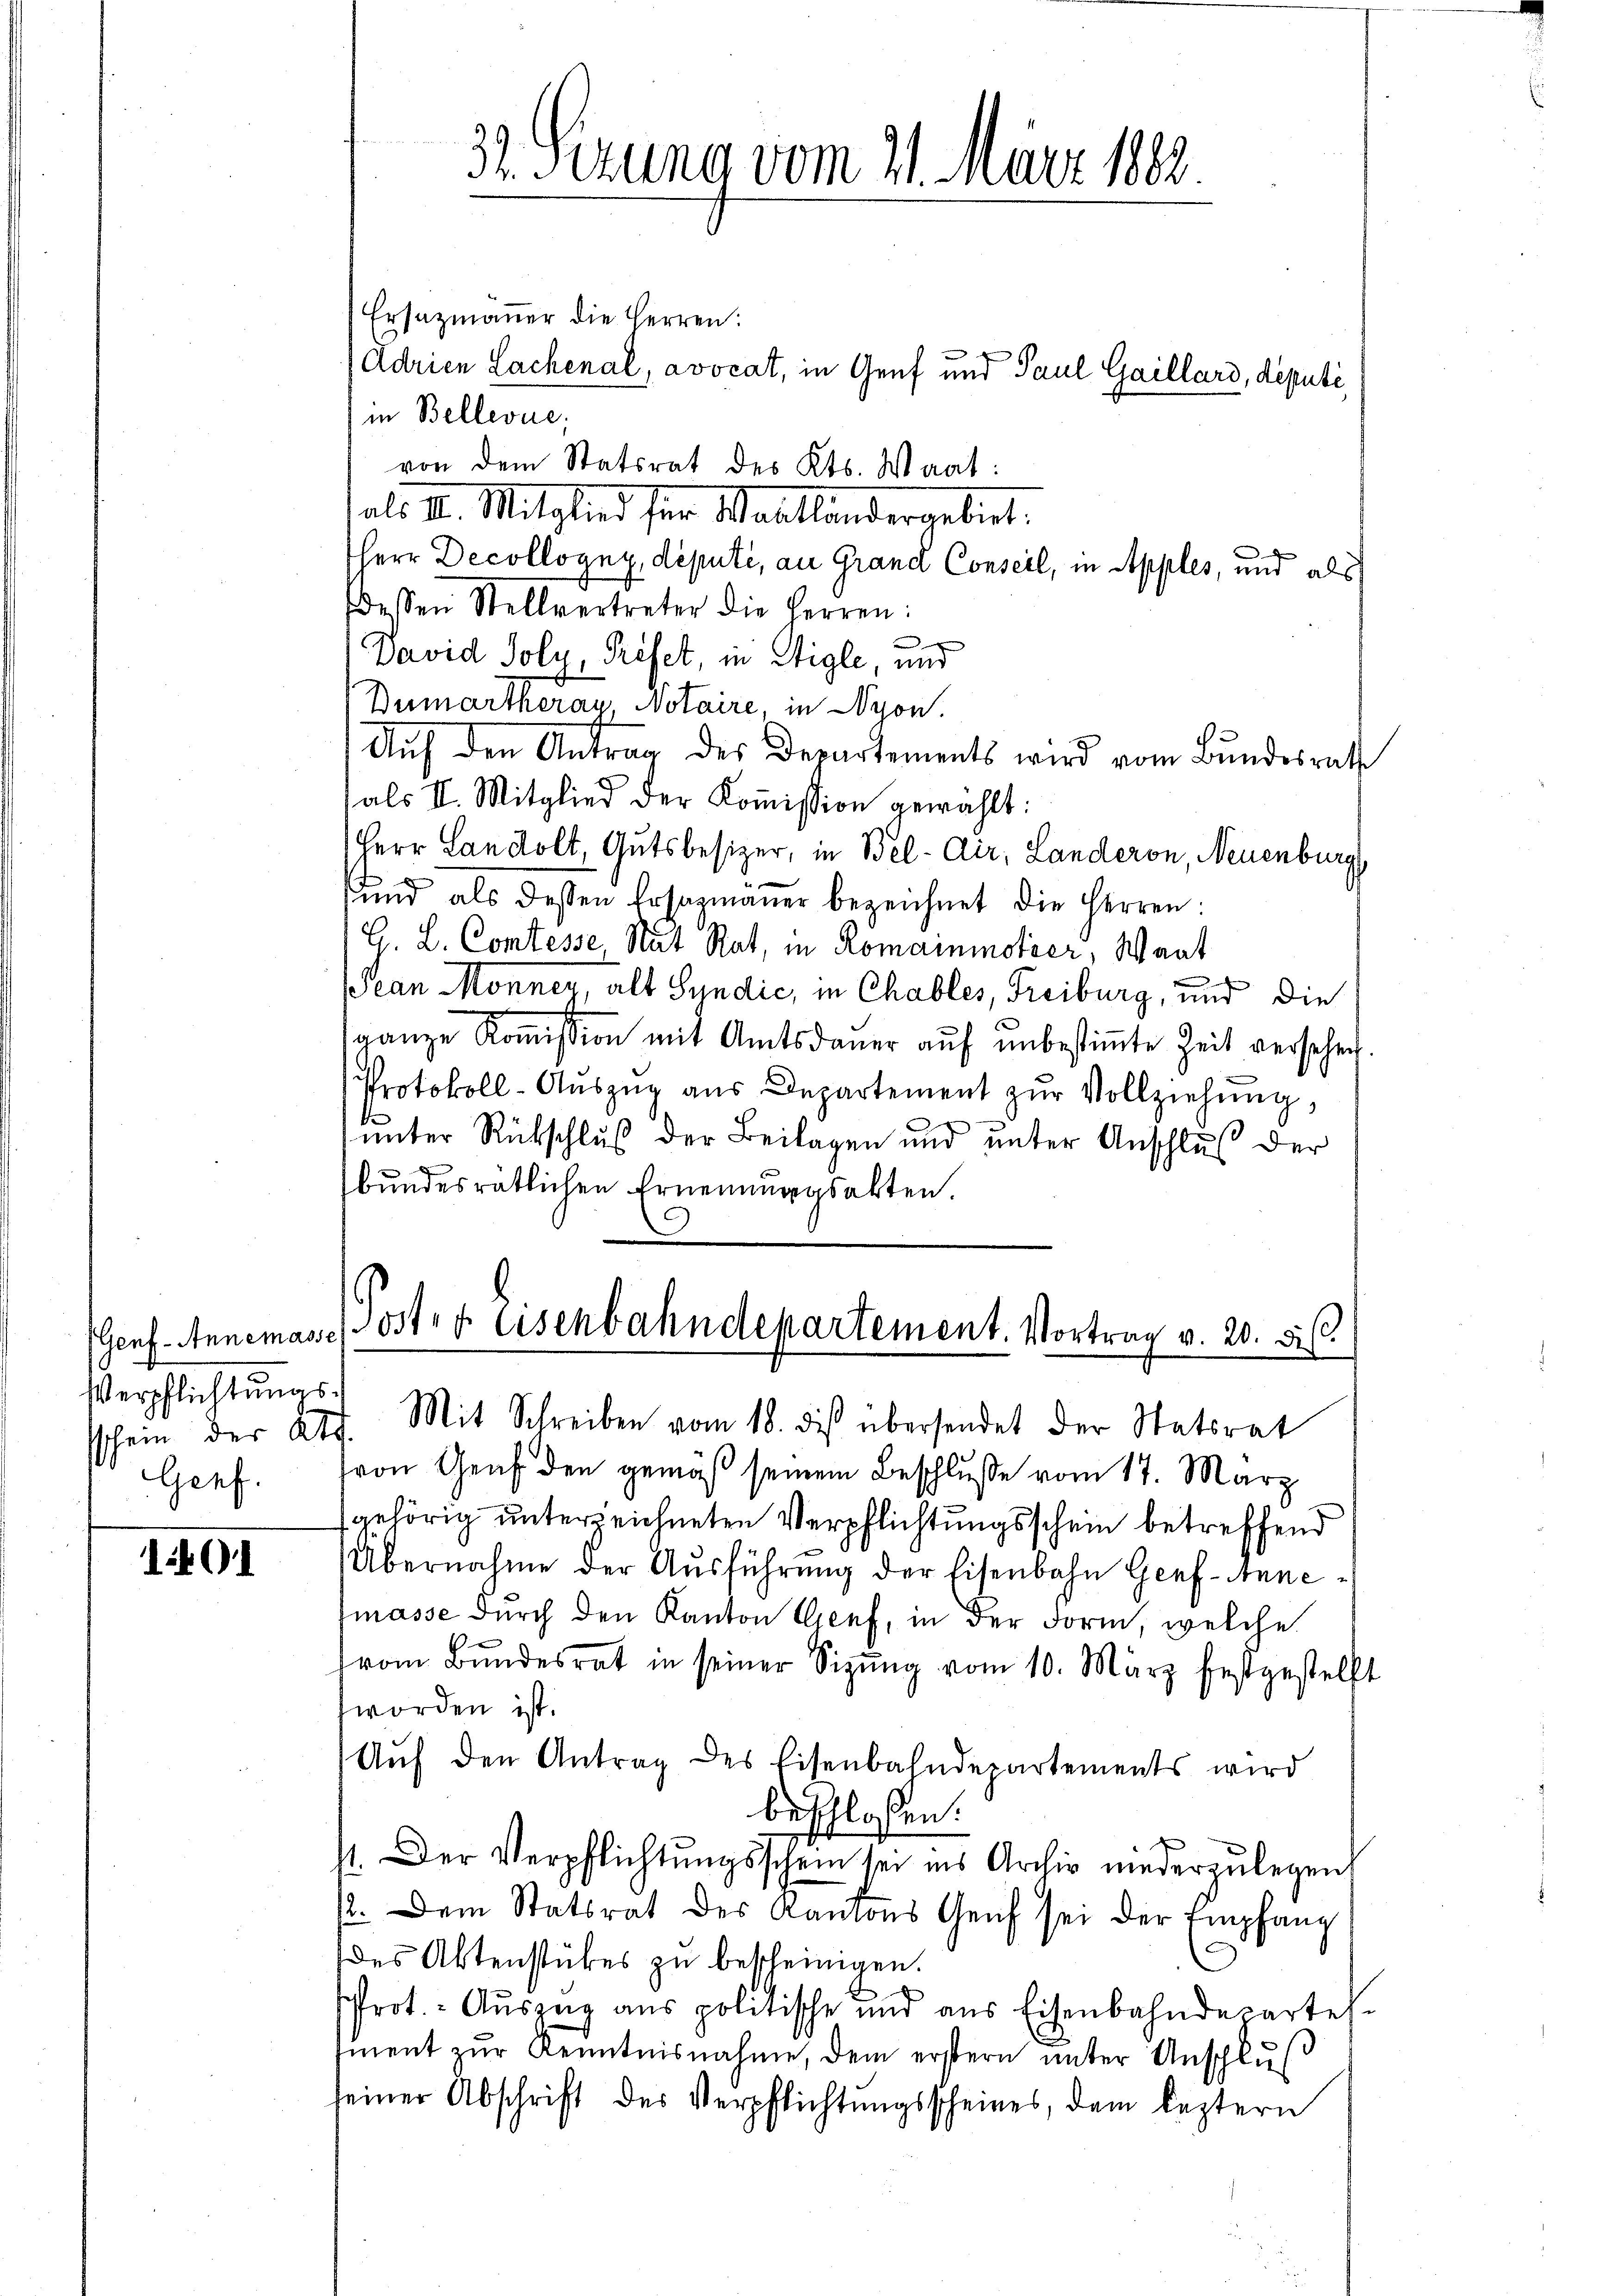
sschein der At
Genf.

1491

Ersazmäṅer die Herren:
Adrien Lachenal, avocat, in Genf und Paul Gaillard, deputi
in Bellevue,
von dem Statsrat des Kts. Waat:
sal. II. Mitglied für Mattlandergebiet.
Herr Decollogny, deputi, an Grand Conseil, in Apples, und als
dessen Stellvertreter die Herren:
David Poly, Préfet, in Stigle, und
Dumartherau Notaire, in Nyon.
Aŭf den Antrag des Departements wird vom Bundesrath
(als II. Mitglied der Koṁission gewählt:
Herr Landolt, Gutsbesizer, in Bel-Air, Landeron, Neuenburg,
und als dessen Ersazmaŭer bezeichnet die Herren:
H. L. Comtesse, Mut Rat, in Romainmotier, Waat
Jean Monner, alt Syndić, in Chables, Freiburg, und die
aanze Koṁission mit Amtsdaŭer aŭf ŭnbestiṁte Zeit versehen.
Protokoll-Aŭszŭg aŭs Departement zŭr Vollziehŭng,
e
.
unter Rückschluß der Beilagen und unter Anschluß der
n
bundesrätlichen Ernennungsakten.
(Genf. Annemasse, Oster Eisenbahndepartement. Vortrag v. 20. d.
Verpflichtŭngs. Mit Schreiben vom 18. diβ übersendet der Statsrat
.
(von Graf den gemäß seinem Beschluße vom 17. März
gehörig unterzeichneten Verpflichtungsschein betreffend
Übernahme der Aŭsführŭng der Eisenbahn Genf-Anne
masse durch den Kanton Genf, in der Form, welche
vom Bundesrat in seiner Sizŭng vom 10. März festgestellt
worden ist.
Aŭf den Antrag des Eisenbahndepartements wird
beschlossen:
1. Der Verpflichtŭngsschein sei ins Archiv niederzulegen
/. Dem Statsrat des Kantons Genf sei der Empfang
des Aktenstückes zu bescheinigen.
Prot. - Auszug aus politische und aus Eisenbahndepartel
sinent zur Kenntnisnahme, dem erstern unter Anschlus
seiner Abschrift des Verpflichtungsscheines, dem leztern

31. Sezung vom 21. März 1888